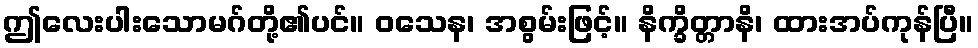
ဤလေးပါးသောမဂ်တို့၏ပင်။ ဝသေန၊ အစွမ်းဖြင့်။ နိက္ခိတ္တာနိ၊ ထားအပ်ကုန်ပြီ။